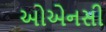
ઓએનસી